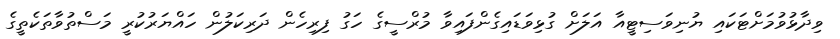
ވިދާޅުވުމަށްޓަކައި ޔުނިވަސިޓީއާ އަލަށް ގުޅިވަޑައިގެންފައިވާ މުރްސީގެ ހަގު ފިރިހެން ދަރިކަލުން ހައްޔަރުކުރީ މަސްތުވާތަކެތީގެ